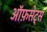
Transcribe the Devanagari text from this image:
ऑफ़सेट्स